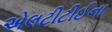
એલટીટીઈના